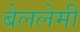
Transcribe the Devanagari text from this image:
बेललेमी